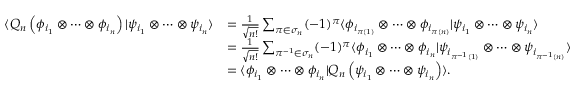
\begin{array} { r l } { \langle Q _ { n } \left( \phi _ { i _ { 1 } } \otimes \cdots \otimes \phi _ { i _ { n } } \right) | \psi _ { i _ { 1 } } \otimes \cdots \otimes \psi _ { i _ { n } } \rangle } & { = \frac { 1 } { \sqrt { n ! } } \sum _ { \pi \in \sigma _ { n } } ( - 1 ) ^ { \pi } \langle \phi _ { i _ { \pi ( 1 ) } } \otimes \cdots \otimes \phi _ { i _ { \pi ( n ) } } | \psi _ { i _ { 1 } } \otimes \cdots \otimes \psi _ { i _ { n } } \rangle } \\ & { = \frac { 1 } { \sqrt { n ! } } \sum _ { \pi ^ { - 1 } \in \sigma _ { n } } ( - 1 ) ^ { \pi } \langle \phi _ { i _ { 1 } } \otimes \cdots \otimes \phi _ { i _ { n } } | \psi _ { i _ { \pi ^ { - 1 } ( 1 ) } } \otimes \cdots \otimes \psi _ { i _ { \pi ^ { - 1 } ( n ) } } \rangle } \\ & { = \langle \phi _ { i _ { 1 } } \otimes \cdots \otimes \phi _ { i _ { n } } | Q _ { n } \left( \psi _ { i _ { 1 } } \otimes \cdots \otimes \psi _ { i _ { n } } \right) \rangle . } \end{array}